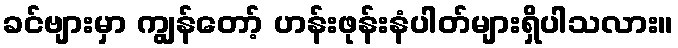
ခင်ဗျားမှာ ကျွန်တော့် ဟန်းဖုန်းနံပါတ်များရှိပါသလား။